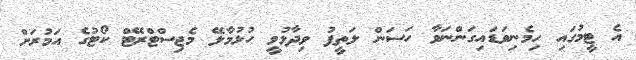
އެ ޓީމުގައި ހިމެނިވަޑައިގަންނަވާ ހަސަން ލަތީފު ވިދާޅުވީ ހުޅުމާލޭ މެޖިސްޓްރޭޓް ކޯޓުގެ އަމުރަށް